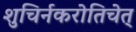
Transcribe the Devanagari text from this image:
शुचिर्नकरोतिचेत्